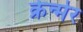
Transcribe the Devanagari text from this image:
क्रेन्मेर